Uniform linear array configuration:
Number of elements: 48
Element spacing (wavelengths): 0.75
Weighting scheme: blackman
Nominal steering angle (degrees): -60
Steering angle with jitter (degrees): -61.062
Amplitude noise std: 0.05
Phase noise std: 0.05

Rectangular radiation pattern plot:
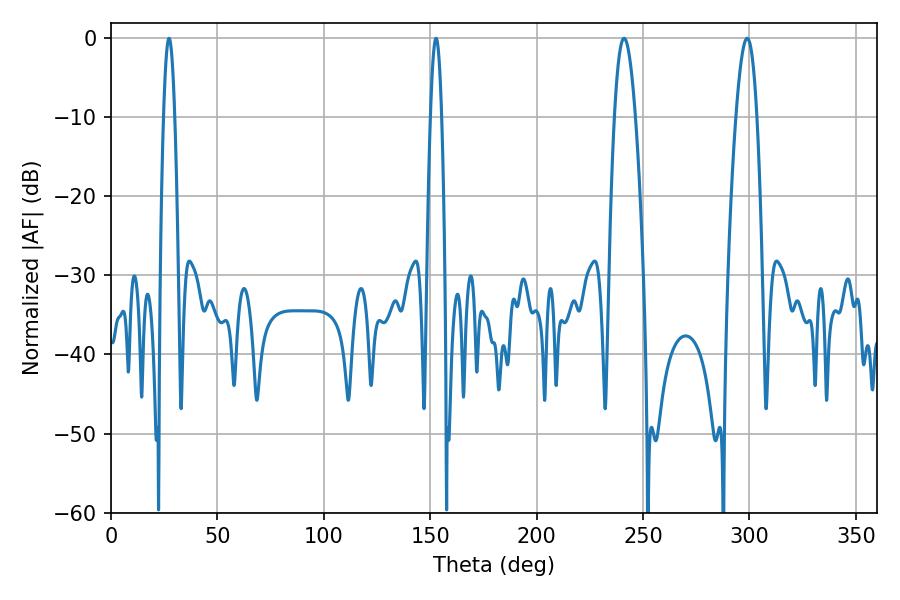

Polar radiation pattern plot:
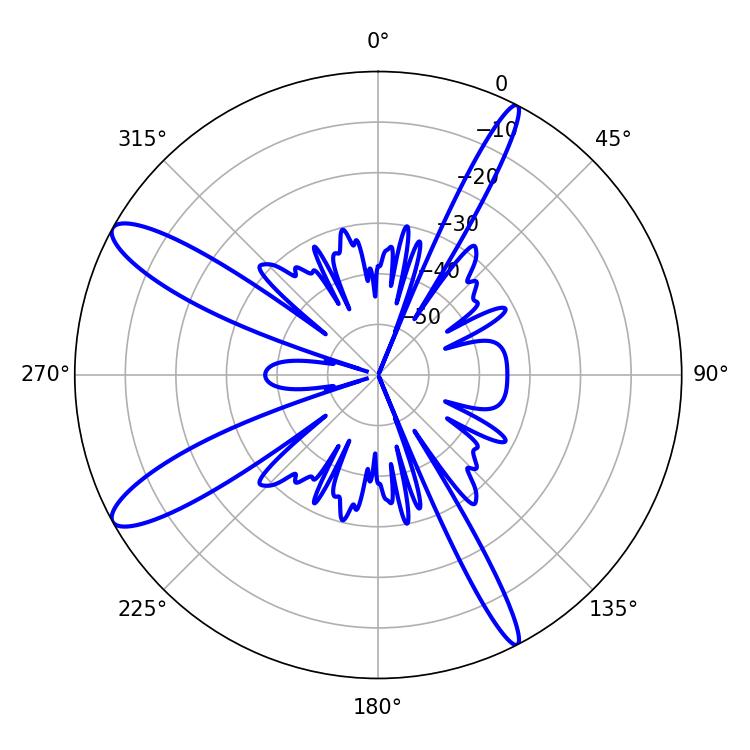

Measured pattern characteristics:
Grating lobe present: TRUE
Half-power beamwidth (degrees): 5.4
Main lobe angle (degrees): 241.02